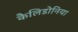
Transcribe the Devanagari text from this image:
कैलिडोनिया